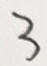
3